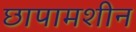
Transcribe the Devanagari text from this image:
छापामशीन